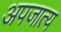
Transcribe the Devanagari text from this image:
अपजात्य